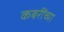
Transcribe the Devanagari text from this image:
कबरींच्या